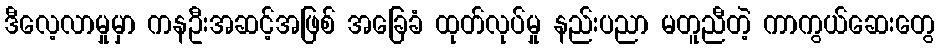
ဒီလေ့လာမှုမှာ ကနဦးအဆင့်အဖြစ် အခြေခံ ထုတ်လုပ်မှု နည်းပညာ မတူညီတဲ့ ကာကွယ်ဆေးတွေ